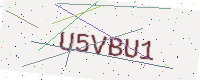
Text: U5VBU1